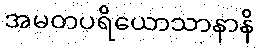
အမတပရိယောသာနာနိ